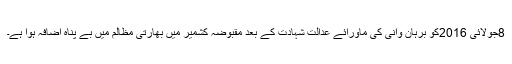
8جولائی 2016کو برہان وانی کی ماورائے عدالت شہادت کے بعد مقبوضہ کشمیر میں بھارتی مظالم میں بے پناہ اضافہ ہوا ہے۔